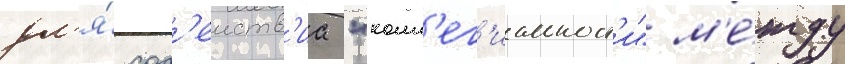
дл'я́ сод'еиств'иа "колл'ег'иальност'и" м'е́жду